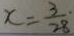
x = \frac { 3 } { 2 8 } \cdot